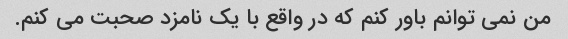
من نمی توانم باور کنم که در واقع با یک نامزد صحبت می کنم.